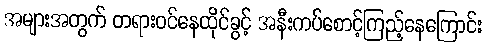
အများအတွက် တရားဝင်နေထိုင်ခွင့် အနီးကပ်စောင့်ကြည့်နေကြောင်း